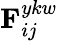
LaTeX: {{\mathbf{F}}_{ij}^{ykw}}